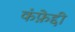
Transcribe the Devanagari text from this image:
कंफ़ेद्दी